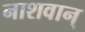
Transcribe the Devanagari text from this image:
नाशवान्‌